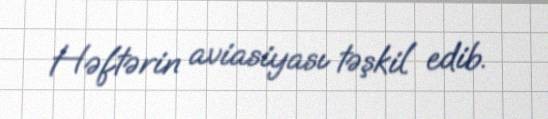
Həftərin aviasiyası təşkil edib.